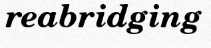
reabridging